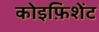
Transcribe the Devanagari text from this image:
कोइफ़िशेंट